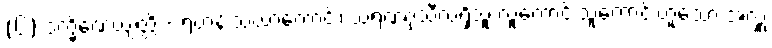
(၆) ဒက္ခိဏေယျတ္တိ - ရဟန်းသံဃာကောင်း၊ သရဏဂုံသီလရှိသူ လူကောင်းသူကောင်းဟူသော အလှူ